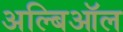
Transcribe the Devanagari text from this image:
अल्बिऑल